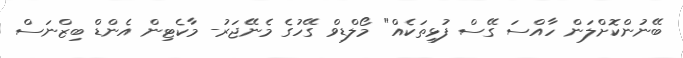
ބޭނުންކޮށްލަން ހާއްސަ ގޭސް ފުޅިތަކެއް" މޯލްޑިވް ގޭހުގެ މެނޭޖަރު- މާކެޓިން އެންޑް ބިޒްނަސް